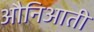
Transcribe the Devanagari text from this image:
औनिआती